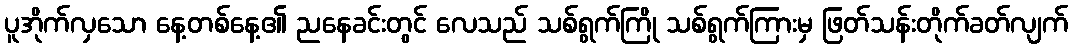
ပူအိုက်လှသော နေ့တစ်နေ့၏ ညနေခင်းတွင် လေသည် သစ်ရွက်ကြို သစ်ရွက်ကြားမှ ဖြတ်သန်းတိုက်ခတ်လျက်